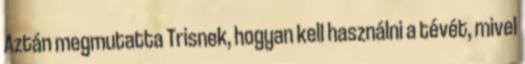
Aztán megmutatta Trisnek, hogyan kell használni a tévét, mivel